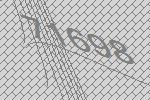
71698